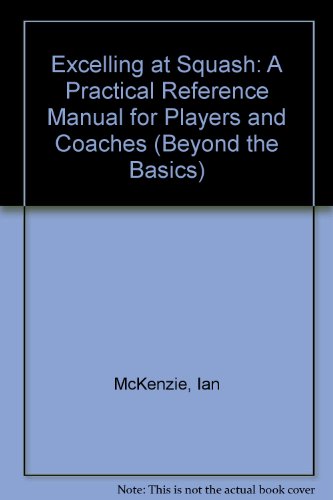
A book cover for Excelling at Squash: A Practical Reference Manual for Players and Coaches (Beyond the Basics); Ian McKenzie; Sports & Outdoors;